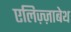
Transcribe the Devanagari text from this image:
एलिज़्ज़ाबेथ